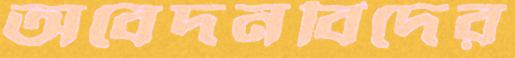
অবেদনবিদের